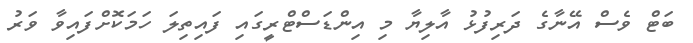
ބަޓް ވެސް އޭނާގެ ދަރިފުޅު އާލިޔާ މި އިންޑަސްޓްރީގައި ފައިތިލަ ހަމަކޮށްފައިވާ ވަރު